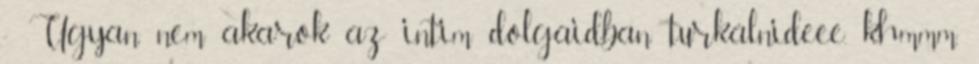
- Ugyan nem akarok az intim dolgaidban turkálni,.deee. khmmm.